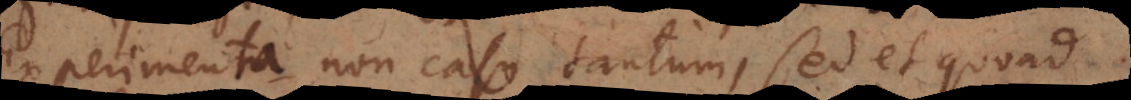
Experimenta non casu tantum, sed et quoad